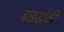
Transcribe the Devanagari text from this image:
बछड़ोंकी